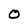
Character: O